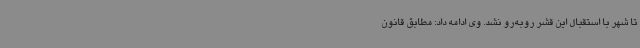
تا شهر با استقبال این قشر روبه‌رو نشد. وی ادامه داد: مطابق قانون